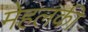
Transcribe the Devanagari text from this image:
मेहलकी